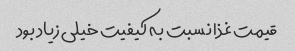
قیمت غذا نسبت به کیفیت خیلی زیاد بود